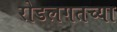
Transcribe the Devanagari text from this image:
रोडलगतच्या